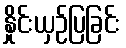
နှိုင်းယှဉ်ပြခြင်း